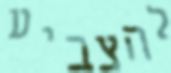
להצביע